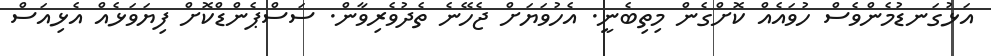
އަޅުގަނޑުމެންވެސް ހުވައެއް ކޮށްގެން މިތިބެނީ. އެހުވަޔަށް ޖެހޭނެ ތެދުވެރިވާން. ސަސްޕެންޑްކޮށް ފިޔަވަޅެއް އެޅިއަސް